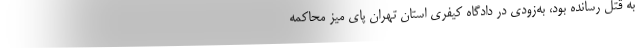
به قتل رسانده بود، به‌زودی در دادگاه کیفری استان تهران پای میز محاکمه